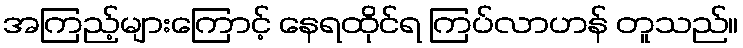
အကြည့်များကြောင့် နေရထိုင်ရ ကြပ်လာဟန် တူသည်။